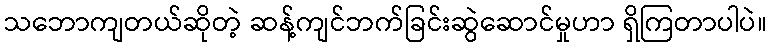
သဘောကျတယ်ဆိုတဲ့ ဆန့်ကျင်ဘက်ခြင်းဆွဲဆောင်မှုဟာ ရှိကြတာပါပဲ။